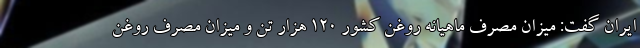
ایران گفت: میزان مصرف ماهیانه روغن کشور ۱۲۰ هزار تن و میزان مصرف روغن